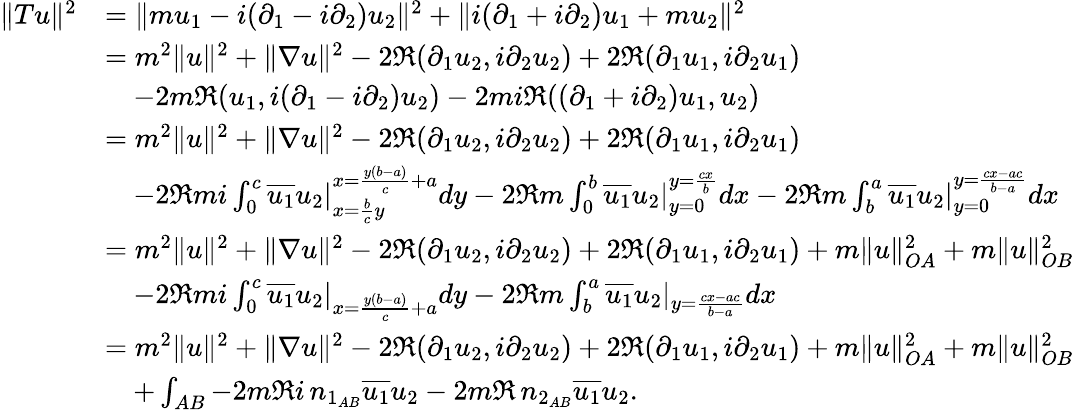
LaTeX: \begin{array}{rl}{\| Tu\| ^{2}}&{=\| mu_{1}-i(\partial_{1}-i\partial_{2})u_{2}\| ^{2}+\| i(\partial_{1}+i\partial_{2})u_{1}+mu_{2}\| ^{2}}\\ &{=m^{2}\| u\| ^{2}+\| \nabla u\| ^{2}-2\Re(\partial_{1}u_{2},i\partial_{2}u_{2})+2\Re(\partial_{1}u_{1},i\partial_{2}u_{1})}\\ &{\quad-2m\Re(u_{1},i(\partial_{1}-i\partial_{2})u_{2})-2mi\Re((\partial_{1}+i\partial_{2})u_{1},u_{2})}\\ &{=m^{2}\| u\| ^{2}+\| \nabla u\| ^{2}-2\Re(\partial_{1}u_{2},i\partial_{2}u_{2})+2\Re(\partial_{1}u_{1},i\partial_{2}u_{1})}\\ &{\quad-2\Re mi\int_{0}^{c}\overline{{u_{1}}}u_{2}|_{x=\frac{b}{c}y}^{x=\frac{y(b-a)}{c}+a}dy-2\Re m\int_{0}^{b}\overline{{u_{1}}}u_{2}|_{y=0}^{y=\frac{cx}{b}}dx-2\Re m\int_{b}^{a}\overline{{u_{1}}}u_{2}|_{y=0}^{y=\frac{cx-ac}{b-a}}dx}\\ &{=m^{2}\| u\| ^{2}+\| \nabla u\| ^{2}-2\Re(\partial_{1}u_{2},i\partial_{2}u_{2})+2\Re(\partial_{1}u_{1},i\partial_{2}u_{1})+m\| u\| _{OA}^{2}+m\| u\| _{OB}^{2}}\\ &{\quad-2\Re mi\int_{0}^{c}\overline{{u_{1}}}u_{2}|_{x=\frac{y(b-a)}{c}+a}dy-2\Re m\int_{b}^{a}\overline{{u_{1}}}u_{2}|_{y=\frac{cx-ac}{b-a}}dx}\\ &{=m^{2}\| u\| ^{2}+\| \nabla u\| ^{2}-2\Re(\partial_{1}u_{2},i\partial_{2}u_{2})+2\Re(\partial_{1}u_{1},i\partial_{2}u_{1})+m\| u\| _{OA}^{2}+m\| u\| _{OB}^{2}}\\ &{\quad+\int_{AB}-2m\Re i\, n_{1_{AB}}\overline{{u_{1}}}u_{2}-2m\Re\, n_{2_{AB}}\overline{{u_{1}}}u_{2}.}\end{array}